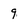
Character: 9